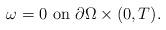
LaTeX: \begin{align*}\omega=0 \mbox{ on }{\tiny }\partial\Omega\times(0,T).\end{align*}